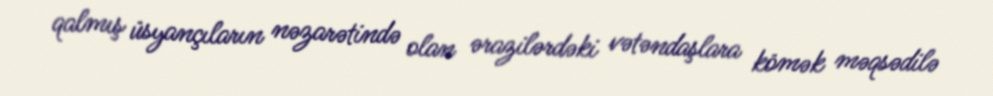
qalmış üsyançıların nəzarətində olan ərazilərdəki vətəndaşlara kömək məqsədilə